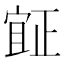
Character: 𣦍